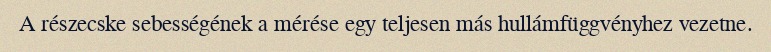
A részecske sebességének a mérése egy teljesen más hullámfüggvényhez vezetne.